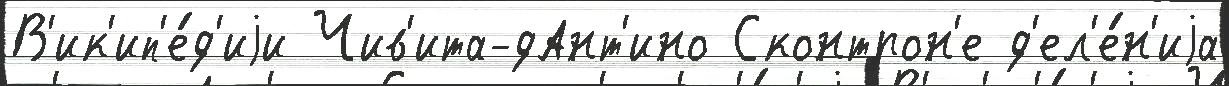
В'ик'ип'е́д'иjи Чив'ита-дАнт'ино Сконтрон'е д'ел'е́н'иjа